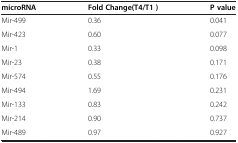
<table><thead><tr><td><b>microRNA</b></td><td><b>Fold Change(T4/T1 )</b></td><td><b>P value</b></td></tr></thead><tbody><tr><td>Mir-499</td><td>0.36</td><td>0.041</td></tr><tr><td>Mir-423</td><td>0.60</td><td>0.077</td></tr><tr><td>Mir-1</td><td>0.33</td><td>0.098</td></tr><tr><td>Mir-23</td><td>0.38</td><td>0.171</td></tr><tr><td>Mir-574</td><td>0.55</td><td>0.176</td></tr><tr><td>Mir-494</td><td>1.69</td><td>0.231</td></tr><tr><td>Mir-133</td><td>0.83</td><td>0.242</td></tr><tr><td>Mir-214</td><td>0.90</td><td>0.737</td></tr><tr><td>Mir-489</td><td>0.97</td><td>0.927</td></tr></tbody></table>